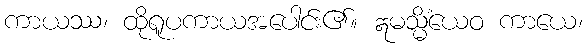
ကာယဿ၊ ထိုရူပကာယအပေါင်း၏။ ဣမသ္မိံယေဝ ကာယေ၊